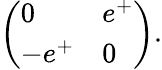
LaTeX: \left(\begin{array}{ll}{{0}}&{{e^{+}}}\\ {{-e^{+}}}&{{0}}\end{array}\right).